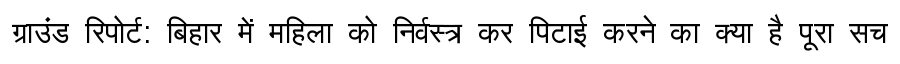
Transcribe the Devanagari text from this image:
ग्राउंड रिपोर्ट: बिहार में महिला को निर्वस्त्र कर पिटाई करने का क्या है पूरा सच